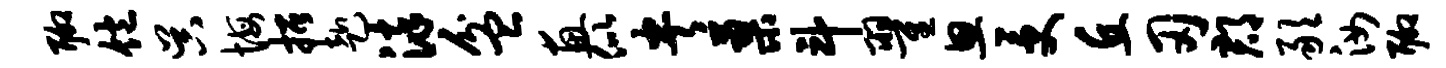
聊饱吴悔招赴染盆惠似央蓼斗翟思受丘刃郡敢汝聊